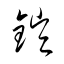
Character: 鎧